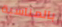
بالمناسبة